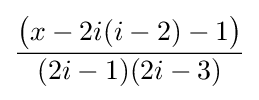
{\frac {{\bigl (}x-2i(i-2)-1{\bigr )}}{(2i-1)(2i-3)}}